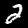
Label: 2